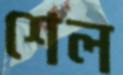
শেল